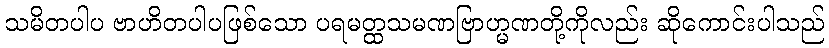
သမိတပါပ ဗာဟိတပါပဖြစ်သော ပရမတ္ထသမဏဗြာဟ္မဏတို့ကိုလည်း ဆိုကောင်းပါသည်